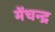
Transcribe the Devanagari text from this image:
मेंचन्द्र